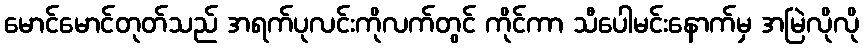
မောင်မောင်တုတ်သည် အရက်ပုလင်းကိုလက်တွင် ကိုင်ကာ သီပေါမင်းနောက်မှ အမြဲလိုလို